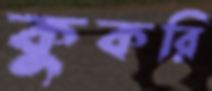
কুকরি